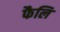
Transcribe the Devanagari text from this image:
फैलि